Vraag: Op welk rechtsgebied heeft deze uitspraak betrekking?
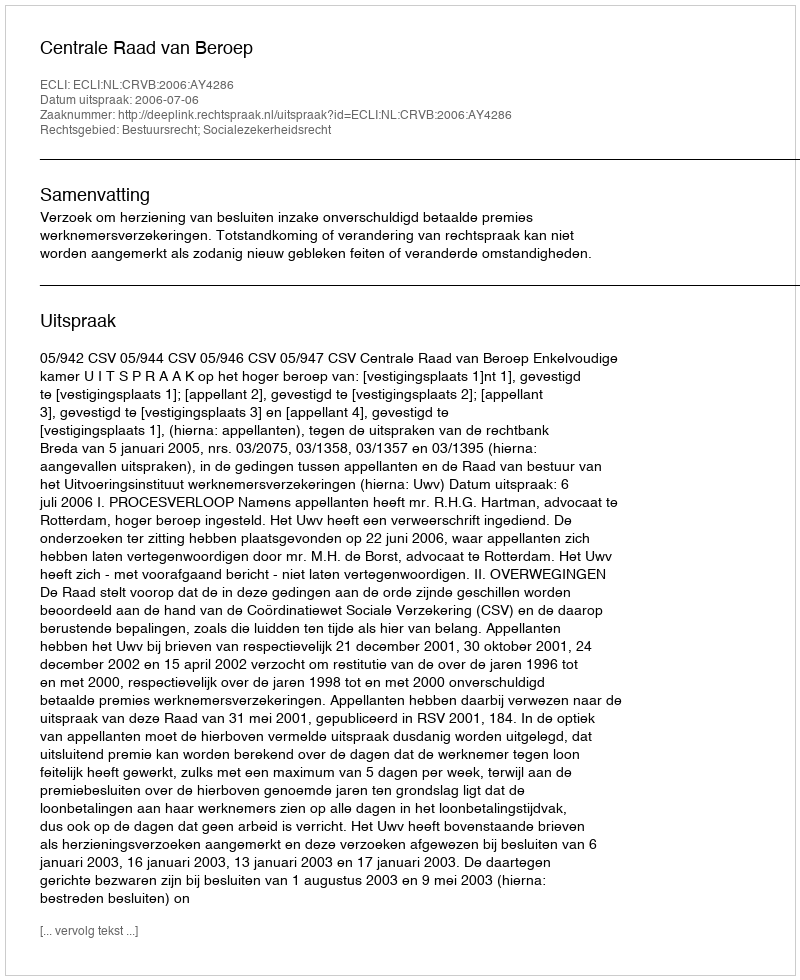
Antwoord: Bestuursrecht; Socialezekerheidsrecht